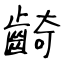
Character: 齮